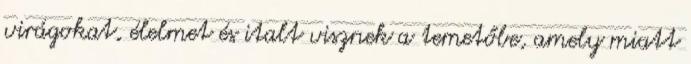
virágokat, élelmet és italt visznek a temetőbe, amely miatt